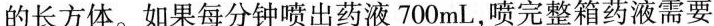
的长方体。如果每分钟喷出药液700mL，喷完整箱药液需要